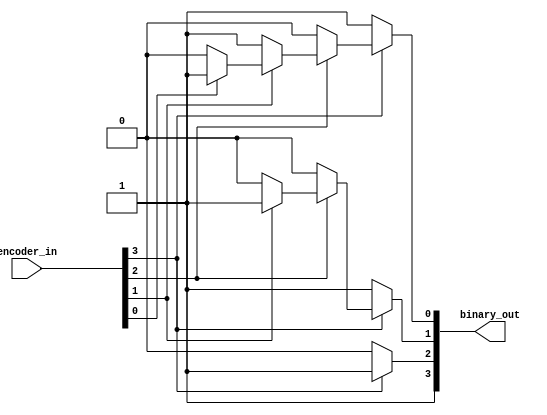
//Priority Encoder

module priority_encoder(binary_out,encoder_in);

output [3:0]binary_out;
input [3:0]encoder_in;

reg [3:0]binary_out;

always @(encoder_in)

begin
binary_out[0]=1'b1;
binary_out[1]=1'b1;
binary_out[2]=1'b1;
binary_out[3]=1'b1;

if (encoder_in[0]==1'b0)
 begin
binary_out[0]=1'b0;
binary_out[1]=1'b1;
binary_out[2]=1'b1;
binary_out[3]=1'b1;
 end

if (encoder_in[1]==1'b0)
 begin
binary_out[0]=1'b1;
binary_out[1]=1'b0;
binary_out[2]=1'b1;
binary_out[3]=1'b1;
 end

if (encoder_in[2]==1'b0)
 begin
binary_out[0]=1'b0;
binary_out[1]=1'b0;
binary_out[2]=1'b1;
binary_out[3]=1'b1;
 end
 
 if (encoder_in[3]==1'b0)
 begin
binary_out[0]=1'b1;
binary_out[1]=1'b1;
binary_out[2]=1'b0;
binary_out[3]=1'b1;
 end

end

endmodule